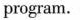
program.